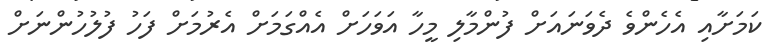
ކަމަށާއި އެހެންވެ ދެވަނައަށް ފުންމާލި މީހާ އަވަހަށް އެއްގަމަށް އެރުމަށް ފަހު ފުލުހުންނަށް